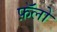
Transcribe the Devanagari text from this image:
फ़ॅलो